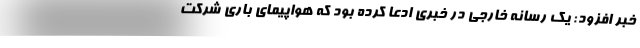
خبر افزود: یک رسانه خارجی در خبری ادعا کرده بود که هواپیمای باری شرکت